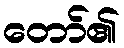
တော်၏